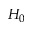
H _ { 0 }